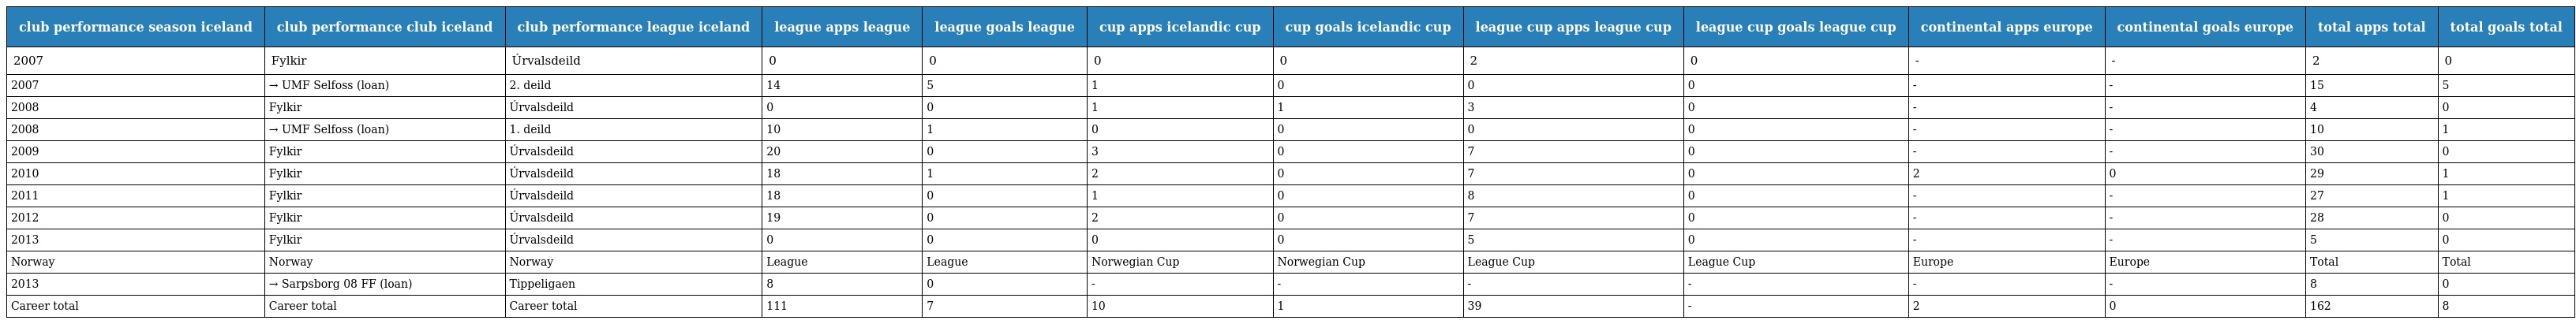
| club performance season iceland | club performance club iceland | club performance league iceland | league apps league | league goals league | cup apps icelandic cup | cup goals icelandic cup | league cup apps league cup | league cup goals league cup | continental apps europe | continental goals europe | total apps total | total goals total |
 | --- | --- | --- | --- | --- | --- | --- | --- | --- | --- | --- | --- | --- |
 | 2007 | Fylkir | Úrvalsdeild | 0 | 0 | 0 | 0 | 2 | 0 | - | - | 2 | 0 |
 | 2007 | → UMF Selfoss (loan) | 2. deild | 14 | 5 | 1 | 0 | 0 | 0 | - | - | 15 | 5 |
 | 2008 | Fylkir | Úrvalsdeild | 0 | 0 | 1 | 1 | 3 | 0 | - | - | 4 | 0 |
 | 2008 | → UMF Selfoss (loan) | 1. deild | 10 | 1 | 0 | 0 | 0 | 0 | - | - | 10 | 1 |
 | 2009 | Fylkir | Úrvalsdeild | 20 | 0 | 3 | 0 | 7 | 0 | - | - | 30 | 0 |
 | 2010 | Fylkir | Úrvalsdeild | 18 | 1 | 2 | 0 | 7 | 0 | 2 | 0 | 29 | 1 |
 | 2011 | Fylkir | Úrvalsdeild | 18 | 0 | 1 | 0 | 8 | 0 | - | - | 27 | 1 |
 | 2012 | Fylkir | Úrvalsdeild | 19 | 0 | 2 | 0 | 7 | 0 | - | - | 28 | 0 |
 | 2013 | Fylkir | Úrvalsdeild | 0 | 0 | 0 | 0 | 5 | 0 | - | - | 5 | 0 |
 | Norway | Norway | Norway | League | League | Norwegian Cup | Norwegian Cup | League Cup | League Cup | Europe | Europe | Total | Total |
 | 2013 | → Sarpsborg 08 FF (loan) | Tippeligaen | 8 | 0 | - | - | - | - | - | - | 8 | 0 |
 | Career total | Career total | Career total | 111 | 7 | 10 | 1 | 39 | - | 2 | 0 | 162 | 8 |